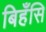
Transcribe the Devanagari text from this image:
बिहँसि